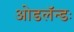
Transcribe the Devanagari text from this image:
ओडलॅन्डः